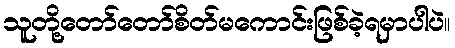
သူတို့တော်တော်စိတ်မကောင်းဖြစ်ခဲ့ရမှာပါပဲ။